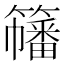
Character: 𥶋